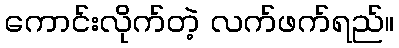
ကောင်းလိုက်တဲ့ လက်ဖက်ရည်။